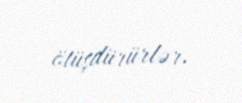
ötüşdürürlər.